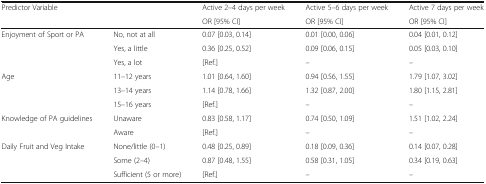
| <ROWSPAN=2> Predictor Variable | <ROWSPAN=2>  | Active 2–4 days per week | Active 5–6 days per week | Active 7 days per week |
 | OR [95% CI] | OR [95% CI] | OR [95% CI] |
 | --- | --- | --- | --- | --- |
 | <ROWSPAN=3> Enjoyment of Sport or PA | No, not at all | 0.07 [0.03, 0.14] | 0.01 [0.00, 0.06] | 0.04 [0.01, 0.12] |
 | Yes, a little | 0.36 [0.25, 0.52] | 0.09 [0.06, 0.15] | 0.05 [0.03, 0.10] |
 | Yes, a lot | [Ref.] | – | – |
 | <ROWSPAN=3> Age | 11–12 years | 1.01 [0.64, 1.60] | 0.94 [0.56, 1.55] | 1.79 [1.07, 3.02] |
 | 13–14 years | 1.14 [0.78, 1.66] | 1.32 [0.87, 2.00] | 1.80 [1.15, 2.81] |
 | 15–16 years | [Ref.] | – | – |
 | <ROWSPAN=2> Knowledge of PA guidelines | Unaware | 0.83 [0.58, 1.17] | 0.74 [0.50, 1.09] | 1.51 [1.02, 2.24] |
 | Aware | [Ref.] | – | – |
 | <ROWSPAN=3> Daily Fruit and Veg Intake | None/little (0–1) | 0.48 [0.25, 0.89] | 0.18 [0.09, 0.36] | 0.14 [0.07, 0.28] |
 | Some (2–4) | 0.87 [0.48, 1.55] | 0.58 [0.31, 1.05] | 0.34 [0.19, 0.63] |
 | Sufficient (5 or more) | [Ref.] | – | – |